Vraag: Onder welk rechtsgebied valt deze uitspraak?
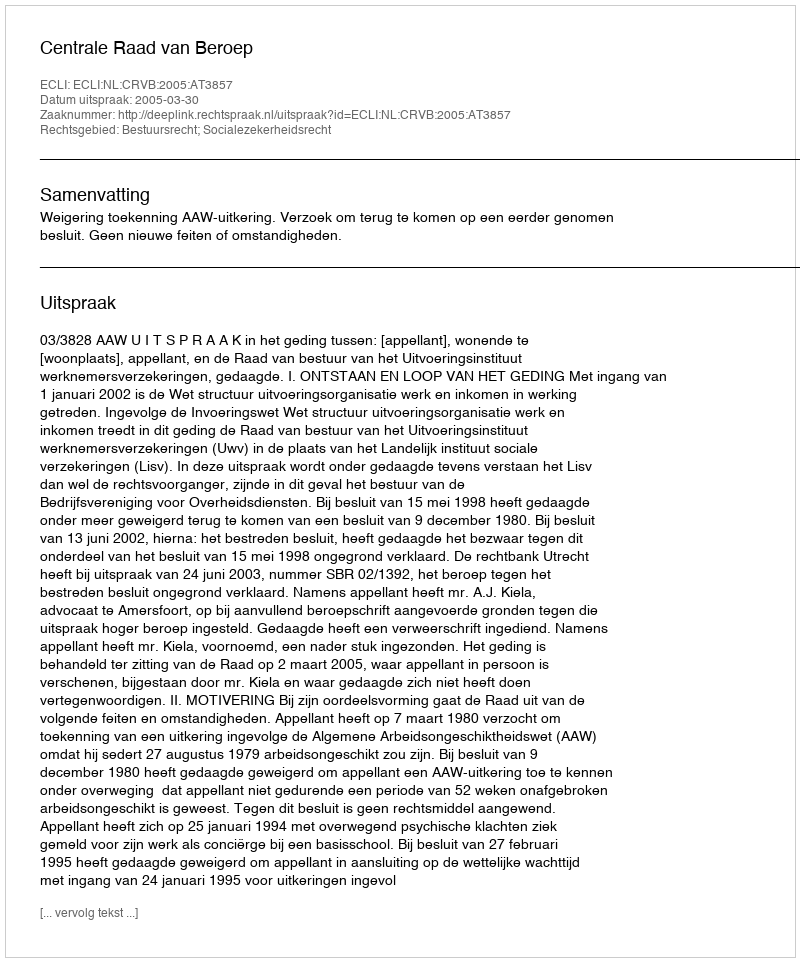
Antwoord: Bestuursrecht; Socialezekerheidsrecht